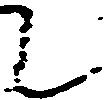
て